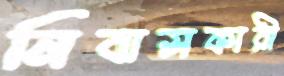
নিবাসকারী